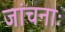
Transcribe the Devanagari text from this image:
जांचनाः